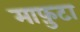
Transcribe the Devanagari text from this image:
माफ़ुटा